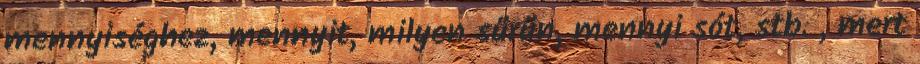
mennyiséghez, mennyit, milyen sűrűn, mennyi sót, stb. , mert